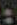
: